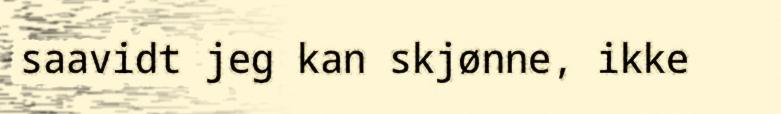
saavidt jeg kan skjønne, ikke